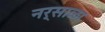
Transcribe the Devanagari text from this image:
नर्साळा